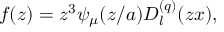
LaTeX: f ( z ) = z ^ { 3 } \psi _ { \mu } ( z / a ) D _ { l } ^ { ( q ) } ( z x ) ,